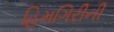
હિમગિરીની